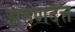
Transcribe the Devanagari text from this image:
अरुणदत्त